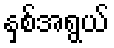
နှစ်အရွယ်